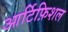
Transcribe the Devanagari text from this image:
आर्टिफ़िशल